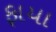
ફાયા